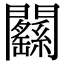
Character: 𨷱